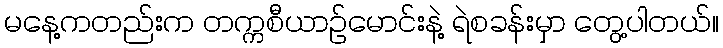
မနေ့ကတည်းက တက္ကစီယာဉ်မောင်းနဲ့ ရဲစခန်းမှာ တွေ့ပါတယ်။